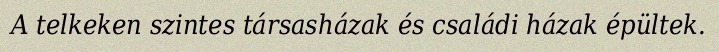
A telkeken szintes társasházak és családi házak épültek.